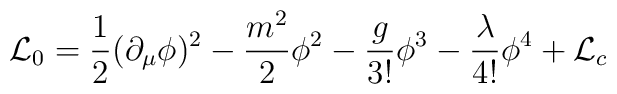
{\cal L}_0 = {1\over 2} (\partial_{\mu}\phi)^2 - {m^2\over 2} \phi^2    - {g\over 3!}\phi^3 - {\lambda \over 4!} \phi^4 + {\cal L}_c